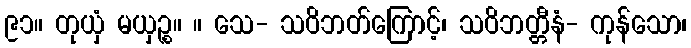
၉၁။ တုယှံ မယှဉ္စ။ ။ သေ- သဝိဘတ်ကြောင့်၊ သဝိဘတ္တီနံ- ကုန်သော၊